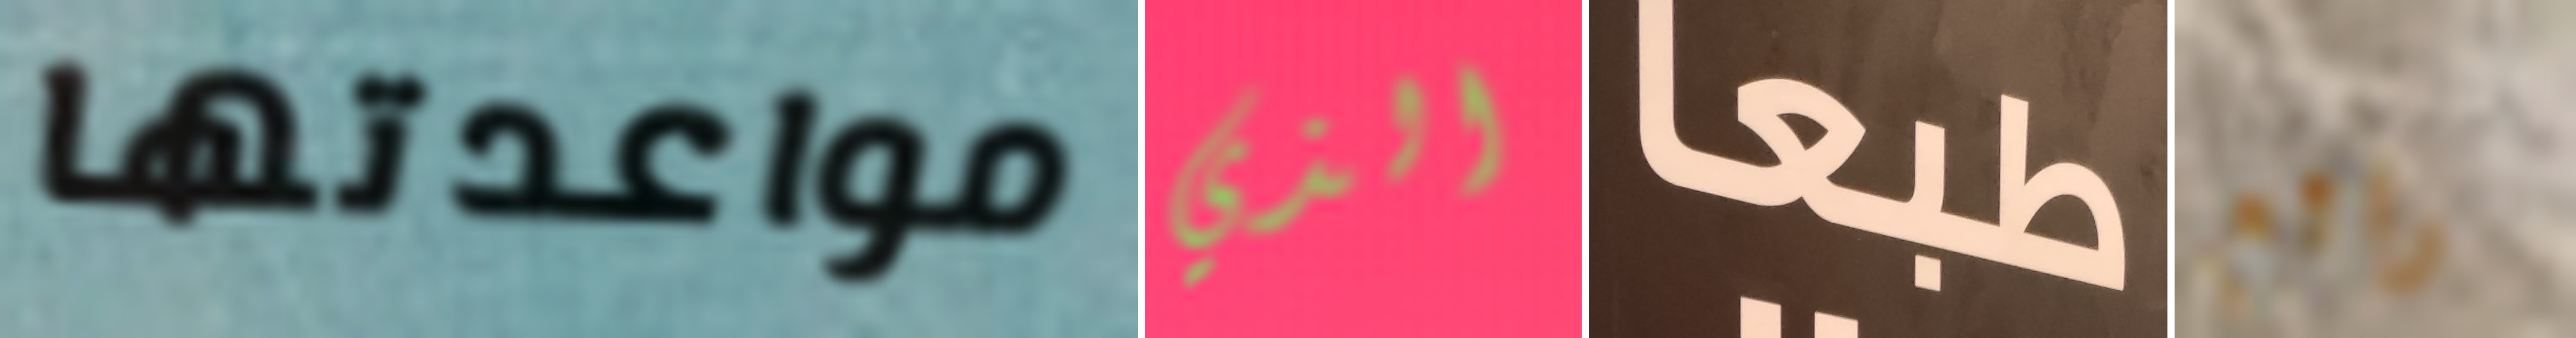
مواعدتها الذي طبعا رائع